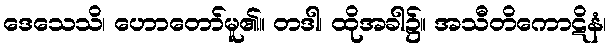
ဒေသေသိ၊ ဟောတော်မူ၏။ တဒါ၊ ထိုအခါ၌။ အသီတိကောဋိနံ၊